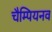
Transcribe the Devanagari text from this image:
चैम्पियनव